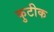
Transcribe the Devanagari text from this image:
कुटीक